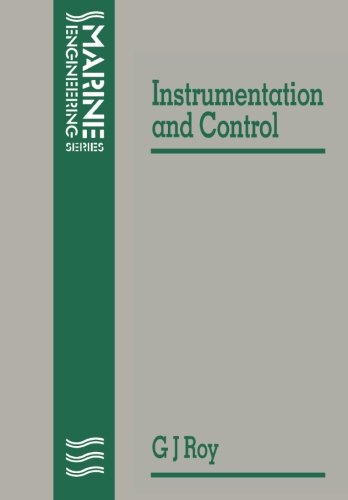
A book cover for Notes on Instrumentation and Control (Marine Engineering Series); G. J. Roy; Engineering & Transportation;